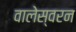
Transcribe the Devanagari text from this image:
वालेस्वरन